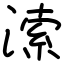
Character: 溹